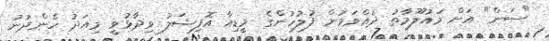
"ސަން" އަށް މައުލޫމާތު ދެއްވަމުން ފުލުހުންގެ މީޑިއާ އޮފިޝަލު ވިދާޅުވީ މިއަދު ހެންދުނު